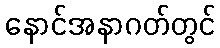
နောင်အနာဂတ်တွင်